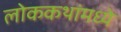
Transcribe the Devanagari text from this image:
लोककथांमध्ये